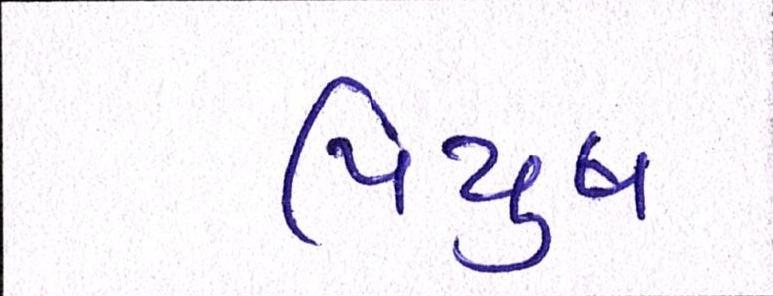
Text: પિયુષ